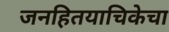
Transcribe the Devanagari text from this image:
जनहितयाचिकेचा